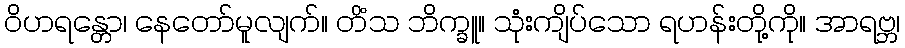
ဝိဟရန္တော၊ နေတော်မူလျက်။ တိံသ ဘိက္ခူ။ သုံးကျိပ်သော ရဟန်းတို့ကို။ အာရဗ္ဘ၊